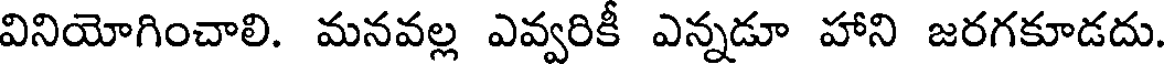
వినియోగించాలి. మనవల్ల ఎవ్వరికీ ఎన్నడూ హాని జరగకూడదు.